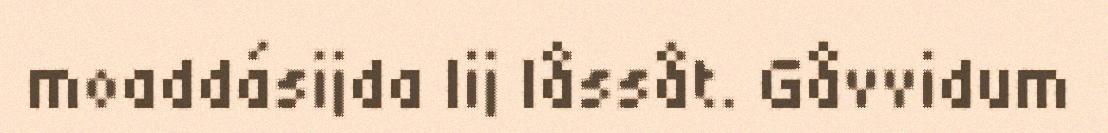
moaddásijda lij låssåt. Gåvvidum